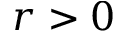
r > 0